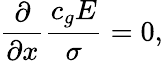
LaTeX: \frac{\partial}{\partial x}\frac{c_{g}E}{\sigma}=0,